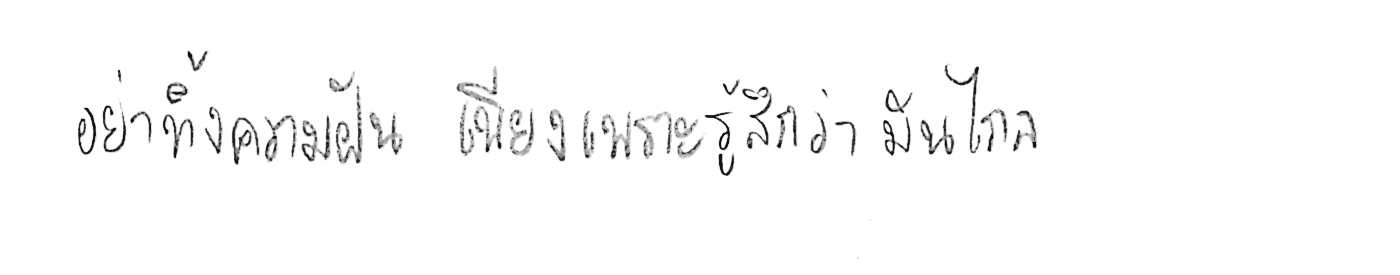
อย่าทิ้งความฝัน เพียงเพราะรู้สึกว่ามันไกล